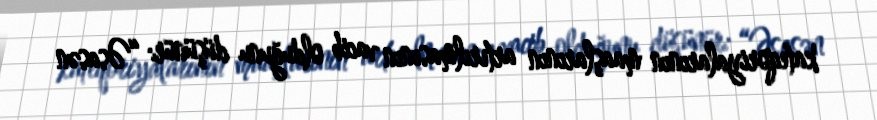
kateqoriyalarının maaşlarının artırılmasının vacib olduğunu düşünür: “Əsasən